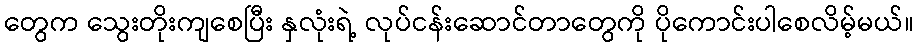
တွေက သွေးတိုးကျစေပြီး နှလုံးရဲ့ လုပ်ငန်းဆောင်တာတွေကို ပိုကောင်းပါစေလိမ့်မယ်။